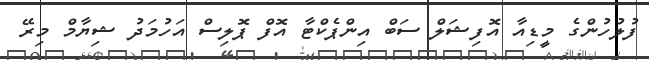
ފުލުހުންގެ މީޑިއާ އޮފިޝަލް ސަބް އިންޕެކްޓާ އޮފް ޕޮލިސް އަހުމަދު ޝިޔާމް މިރޭ